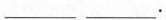
___ ___.